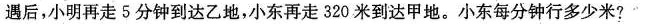
遇后，小明再走5分钟到达乙地，小东再走320米到达甲地。小东每分钟行多少米?